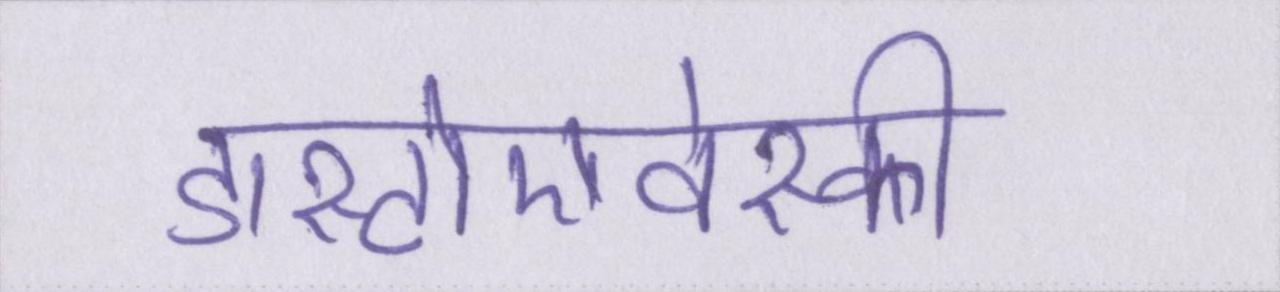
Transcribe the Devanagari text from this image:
डास्टोएवेस्की